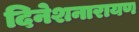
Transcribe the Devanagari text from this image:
दिनेशनारायण